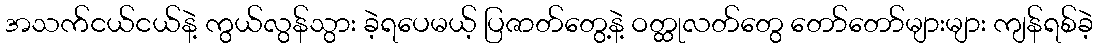
အသက်ငယ်ငယ်နဲ့ ကွယ်လွန်သွား ခဲ့ရပေမယ့် ပြဇာတ်တွေ့နဲ့ ဝတ္ထုလတ်တွေ တော်တော်များများ ကျန်ရစ်ခဲ့